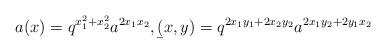
LaTeX: \begin{gather*}a(x)=q^{x_1^2+x_2^2}a^{2x_1x_2},\b(x,y)=q^{2x_1y_1+ 2x_2y_2}a^{2x_1y_2+2y_1x_2}\end{gather*}